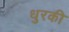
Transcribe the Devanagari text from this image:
धुरकी